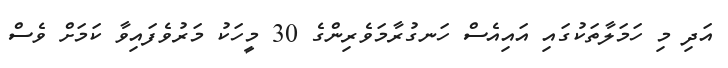
އަދި މި ހަމަލާތަކުގައި އައިއެސް ހަނގުރާމަވެރިންގެ 30 މީހަކު މަރުވެފައިވާ ކަމަށް ވެސް